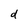
Character: d